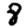
Digit: 8